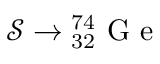
\mathcal { S } \rightarrow { _ { 3 2 } ^ { 7 4 } } \mathrm { ~ G ~ e ~ }